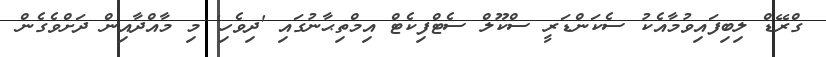
ގްރޭޑް ލިބިފައިވުމާއެކު ސެކަންޑަރީ ސްކޫލް ސެޓްފިކެޓް އިމްތިޙާނުގައި 'ދިވެހި' މި މާއްދާއިން ދަށްވެގެން